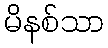
မိနစ်သာ